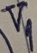
Text: V9